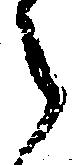
令